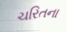
ચરિતના